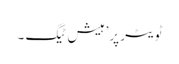
ٹویٹر پر’ہیش ٹیگ ۔